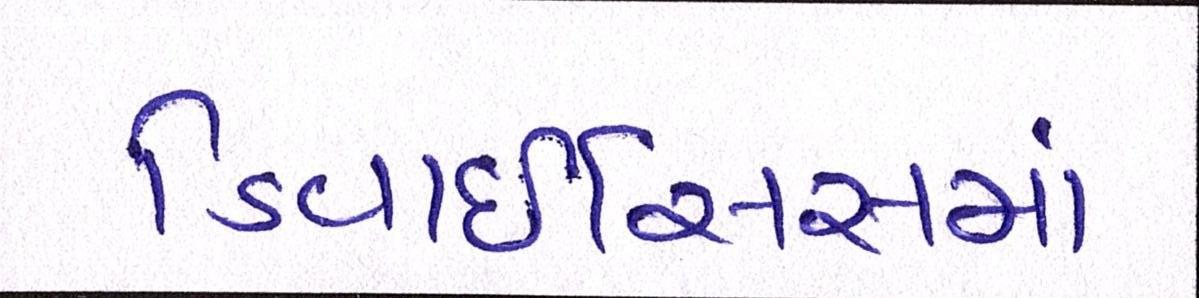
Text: ડિવાઇસિસમાં